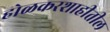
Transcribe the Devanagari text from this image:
होळकरशाहीतील